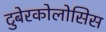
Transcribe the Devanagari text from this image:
टुबेरकोलोसिस